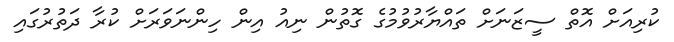
ކުރިއަށް އޮތް ސީޒަނަށް ތައްޔާރުވުމުގެ ގޮތުން ނިއު އިން ހިންނަވަރަށް ކުރާ ދަތުރުގައި